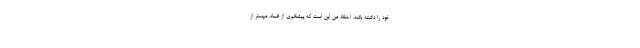
خود را داشته باشد. اعتقاد من این است که پیشگیری از فساد، مهمتر از